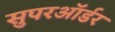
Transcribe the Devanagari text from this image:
सुपरऑर्डर